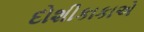
દોશીકાકાએ